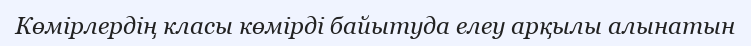
Көмірлердің класы көмірді байытуда елеу арқылы алынатын